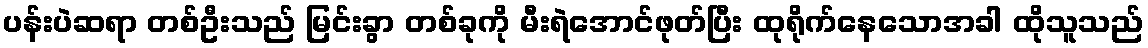
ပန်းပဲဆရာ တစ်ဦးသည် မြင်းခွာ တစ်ခုကို မီးရဲအောင်ဖုတ်ပြီး ထုရိုက်နေသောအခါ ထိုသူသည်